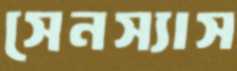
সেনস্যাস